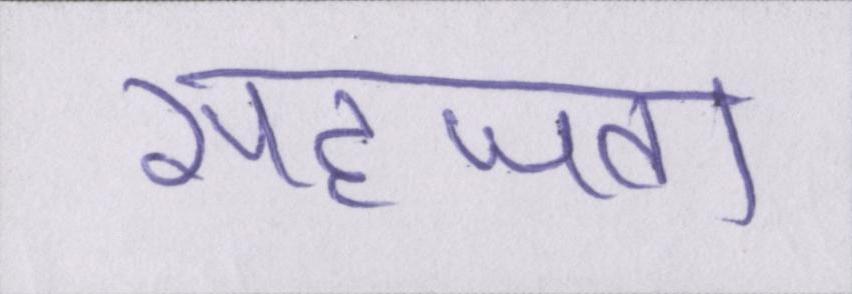
सहजता